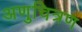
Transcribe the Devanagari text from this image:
अणुचित्रण